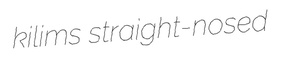
kilims straight-nosed